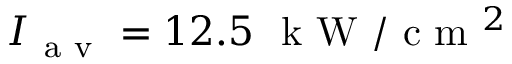
I _ { \mathrm { ~ a ~ v ~ } } = 1 2 . 5 ~ \mathrm { ~ k ~ W ~ } / \mathrm { ~ c ~ m ~ } ^ { 2 }